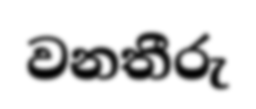
වනතීරු